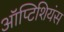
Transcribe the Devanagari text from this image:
ऑप्टिशियंस